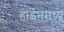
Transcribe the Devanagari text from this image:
हाईनमध्ये